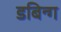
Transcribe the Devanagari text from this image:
डबिन्ग